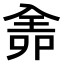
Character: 𠓳